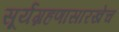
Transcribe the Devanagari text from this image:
सूर्यग्रहणासारखेच